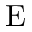
\mathrm { E }